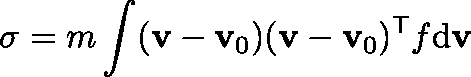
\mathbf { \sigma } = m \int ( \mathbf { v } - \mathbf { v } _ { 0 } ) ( \mathbf { v } - \mathbf { v } _ { 0 } ) ^ { \mathsf { T } } f \mathrm { d } \mathbf { v }